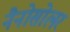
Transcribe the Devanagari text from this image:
नैनोसोलर